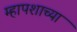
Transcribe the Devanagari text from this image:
म्हापशाच्या